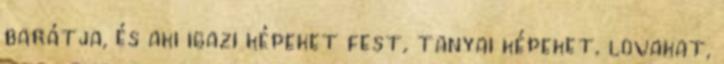
barátja, és aki igazi képeket fest, tanyai képeket, lovakat,